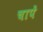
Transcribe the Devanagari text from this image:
चापें